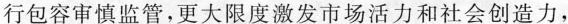
行包容审慎监管，更大限度激发市场活力和社会创造力，